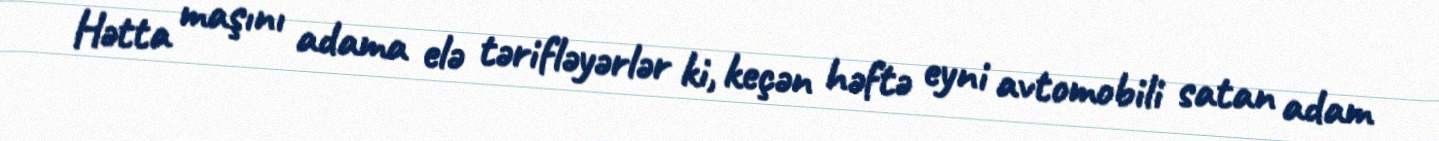
Hətta maşını adama elə tərifləyərlər ki, keçən həftə eyni avtomobili satan adam